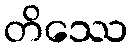
တိဿေ